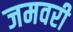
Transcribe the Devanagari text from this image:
जमवरी